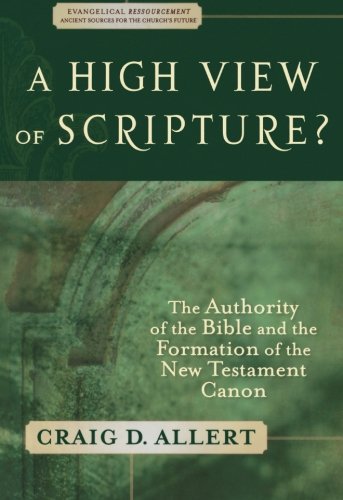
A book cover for A High View of Scripture? The Authority of the Bible and the Formation of the New Testament Canon (Evangelical Ressourcement: Ancient Sources for the Church's Future); Craig D. Allert; Christian Books & Bibles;